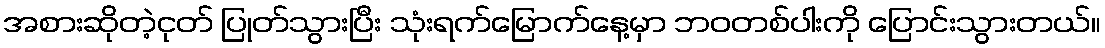
အစားဆိုတဲ့ငုတ် ပြုတ်သွားပြီး သုံးရက်မြောက်နေ့မှာ ဘဝတစ်ပါးကို ပြောင်းသွားတယ်။